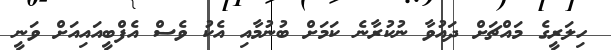
ހިލަރީގެ މައްޗަށް ދައުވާ ނުކުރާނެ ކަމަށް ބުނުމާއި އެކު ވެސް އެފްބީއައިއަށް ވަނީ